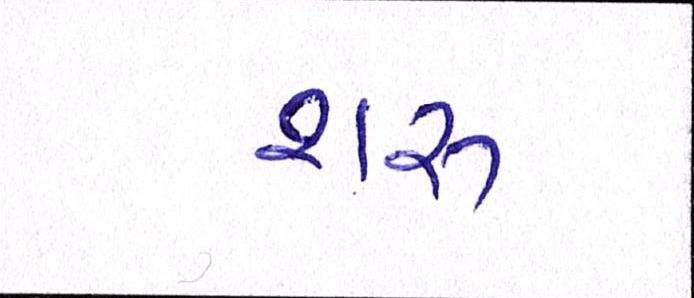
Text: શરૂ